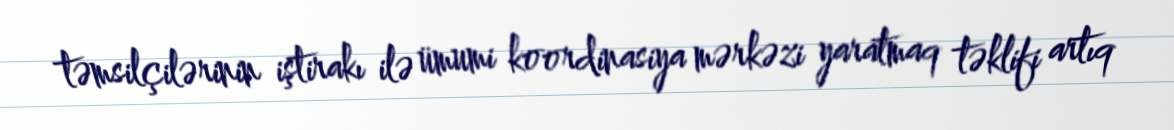
təmsilçilərinin iştirakı ilə ümumi koordinasiya mərkəzi yaratmaq təklifi artıq